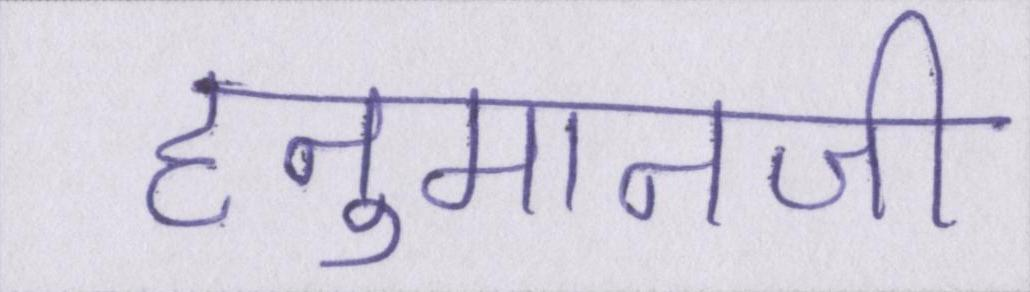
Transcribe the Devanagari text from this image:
हनुमानजी